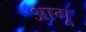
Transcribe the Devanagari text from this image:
आगू